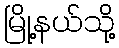
မြို့နယ်သို့